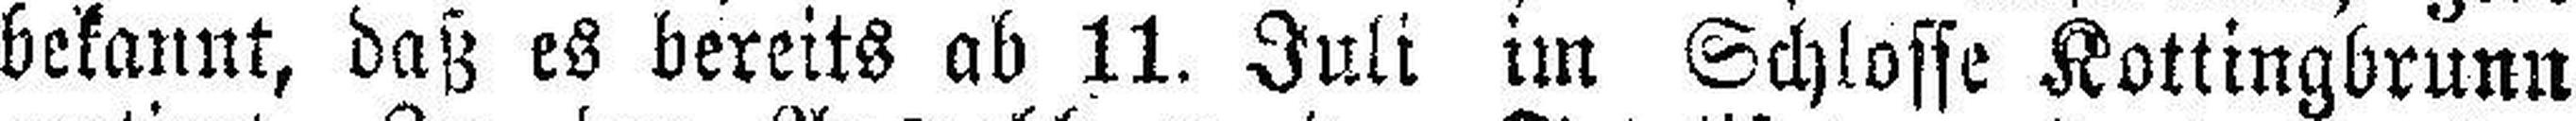
bekannt, daß es bereits ab 11. Juli im Schlosse Kottingbrunn